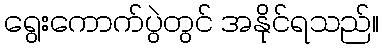
ရွေးကောက်ပွဲတွင် အနိုင်ရသည်။